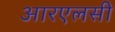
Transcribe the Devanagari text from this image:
आरएलसी